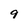
Character: 9